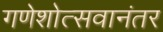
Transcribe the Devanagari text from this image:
गणेशोत्सवानंतर